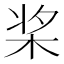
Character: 桨